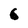
Character: 6